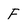
Character: F